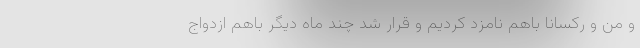
و من و رکسانا باهم نامزد کردیم و قرار شد چند ماه دیگر باهم ازدواج